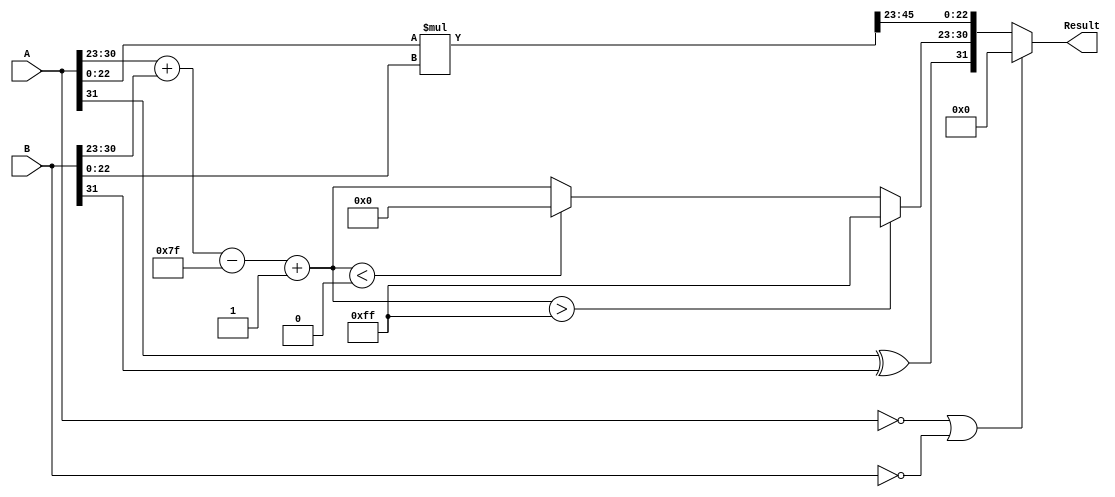
module floating_point_multiplier (
    input  [31:0] A, // First floating-point operand
    input  [31:0] B, // Second floating-point operand
    output reg [31:0] Result // Product of A and B
);

    wire sign_A;
    wire sign_B;
    wire [7:0] exponent_A;
    wire [7:0] exponent_B;
    wire [22:0] mantissa_A;
    wire [22:0] mantissa_B;

    wire sign_result;
    wire [7:0] exponent_result;
    wire [47:0] mantissa_product; // 24-bit + 24-bit = 48-bit
    wire [23:0] mantissa_normalized;
    wire [7:0] exponent_adjusted;

    // Extract sign, exponent, and mantissa
    assign sign_A = A[31];
    assign exponent_A = A[30:23];
    assign mantissa_A = {1'b1, A[22:0]}; // Implicit leading 1

    assign sign_B = B[31];
    assign exponent_B = B[30:23];
    assign mantissa_B = {1'b1, B[22:0]}; // Implicit leading 1

    // Sign calculation
    assign sign_result = sign_A ^ sign_B;

    // Exponent calculation (with bias adjustment)
    assign exponent_result = exponent_A + exponent_B - 8'd127;

    // Mantissa multiplication
    assign mantissa_product = mantissa_A * mantissa_B;

    // Normalization of mantissa
    assign mantissa_normalized = (mantissa_product[47]) ? mantissa_product[46:24] : mantissa_product[45:23];
    assign exponent_adjusted = (mantissa_product[47]) ? exponent_result : exponent_result + 1;

    always @(*) begin
        // Check for zero
        if (A == 32'd0 || B == 32'd0) begin
            Result <= 32'd0;
        end else begin
            // Assemble the result
            Result <= {sign_result, 
                        (exponent_adjusted > 8'd255) ? 8'd255 : 
                        (exponent_adjusted < 8'd0) ? 8'd0 : exponent_adjusted,
                        mantissa_normalized[22:0]};
        end
    end

endmodule